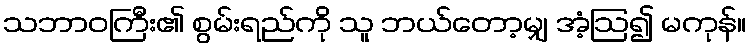
သဘာဝကြီး၏ စွမ်းရည်ကို သူ ဘယ်တော့မျှ အံ့ဩ၍ မကုန်။